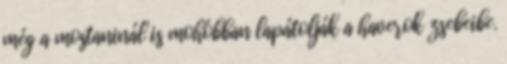
még a mostaninál is mohóbban lapátolják a haverok zsebeibe.